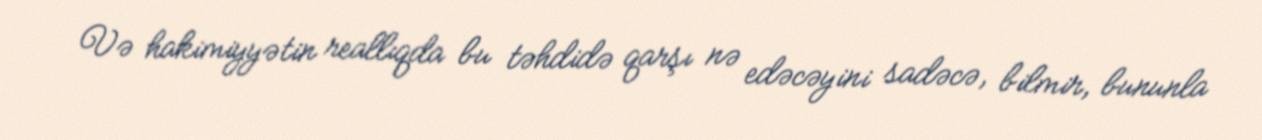
Və hakimiyyətin reallıqda bu təhdidə qarşı nə edəcəyini sadəcə, bilmir, bununla